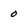
Character: 0